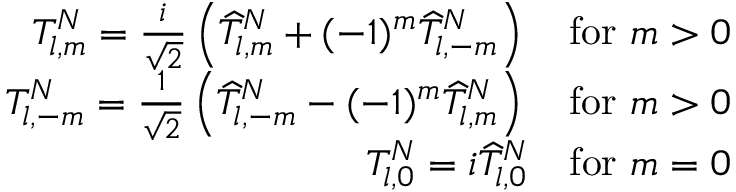
\begin{array} { r } { T _ { l , m } ^ { N } = \frac { i } { \sqrt { 2 } } \left( \widehat { T } _ { l , m } ^ { N } + ( - 1 ) ^ { m } \widehat { T } _ { l , - m } ^ { N } \right) \quad \mathrm { f o r } \, \, m > 0 } \\ { T _ { l , - m } ^ { N } = \frac { 1 } { \sqrt { 2 } } \left( \widehat { T } _ { l , - m } ^ { N } - ( - 1 ) ^ { m } \widehat { T } _ { l , m } ^ { N } \right) \quad \mathrm { f o r } \, \, m > 0 } \\ { T _ { l , 0 } ^ { N } = i \widehat { T } _ { l , 0 } ^ { N } \quad \mathrm { f o r } \, \, m = 0 } \end{array}